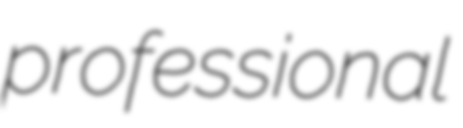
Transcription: professional